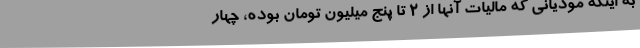
به اینکه مودیانی که مالیات آنها از 2 تا پنج میلیون تومان بوده، چهار